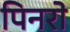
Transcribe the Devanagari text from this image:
पिनरो